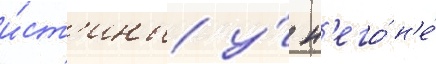
и́ст'ины у́ н'его́ н'е́